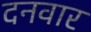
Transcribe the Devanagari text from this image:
दनवार